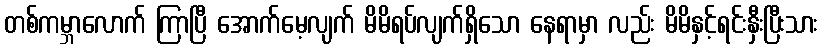
တစ်ကမ္ဘာလောက် ကြာပြီ အောက်မေ့လျက် မိမိရပ်လျက်ရှိသော နေရာမှာ လည်း မိမိနှင့်ရင်းနှီးပြီးသား